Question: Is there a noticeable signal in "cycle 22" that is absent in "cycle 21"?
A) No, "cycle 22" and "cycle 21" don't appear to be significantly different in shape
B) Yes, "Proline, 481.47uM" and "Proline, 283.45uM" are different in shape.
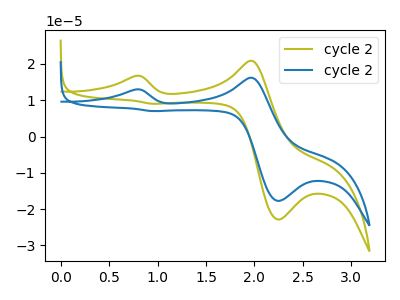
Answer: <think>The olive curve "cycle 21" has anodic peaks at (0.75V, 16.70uA) (1.95V, 20.90uA) and cathodic peaks at (2.25V, -22.85uA) (0.95V, 9.05uA). The blue curve "cycle 22" has anodic peaks at (0.75V, 12.95uA) (1.95V, 16.20uA) and cathodic peaks at (2.25V, -17.75uA) (0.95V, 7.00uA).
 All the peaks in "cycle 22" have a peak in "cycle 21" at the same potential.</think>
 <answer>A) No, "cycle 22" and "cycle 21" don't appear to be significantly different in shape</answer>
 <eval>A</eval>